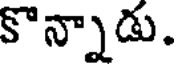
కొన్నాడు.